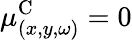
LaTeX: \mu_{(x,y,\omega)}^{\textrm{C}}=0